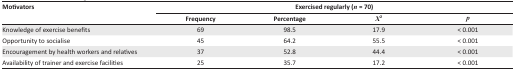
<table><thead><tr><td rowspan="2"><b>Motivators</b></td><td colspan="4"><b>Exercised regularly (<i>n</i> = 70)</b></td></tr><tr><td><b>Frequency</b></td><td><b>Percentage</b></td><td><b><i>X</i><sup>2</sup></b></td><td><b><i>p</i></b></td></tr></thead><tbody><tr><td>Knowledge of exercise benefits</td><td>69</td><td>98.5</td><td>17.9</td><td>&lt; 0.001</td></tr><tr><td>Opportunity to socialise</td><td>45</td><td>64.2</td><td>55.5</td><td>&lt; 0.001</td></tr><tr><td>Encouragement by health workers and relatives</td><td>37</td><td>52.8</td><td>44.4</td><td>&lt; 0.001</td></tr><tr><td>Availability of trainer and exercise facilities</td><td>25</td><td>35.7</td><td>17.2</td><td>&lt; 0.001</td></tr></tbody></table>